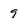
Character: 9